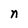
Character: n